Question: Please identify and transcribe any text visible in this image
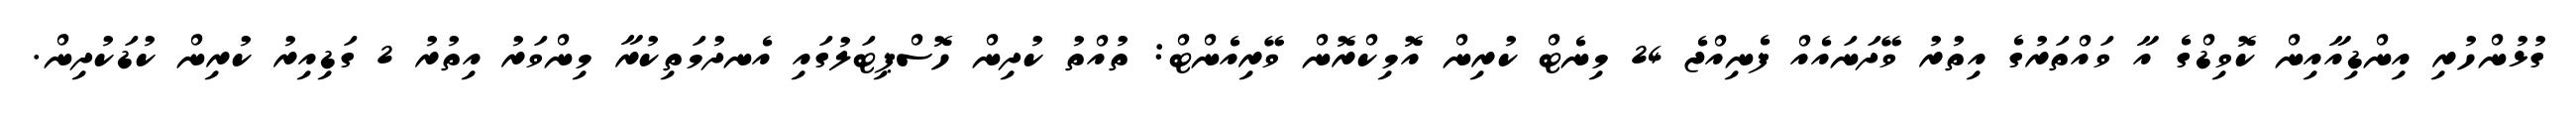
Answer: ގުޅުންހުރި އިންޑިއާއިން ކޮވިޑްގެ އާ ވައްތަރުގެ އިތުރު ވޭދަނައެއް ފެނިއްޖެ 24 މިނެޓް ކުރިން އޮމިކްރޮން ވޭރިއެންޓް: ތުއްތު ކުދިން ހޮސްޕިޓަލުގައި އެނދުމަތިކުރާ މިންވަރު އިތުރު 2 ގަޑިއިރު ކުރިން ކުޑަކުދިން.